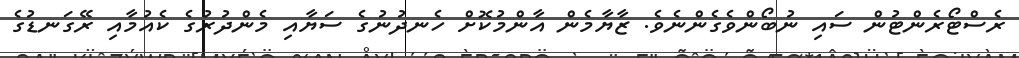
ރެސްޓޯރެންޓުން ސައި ނުބޯންވެގެންނެވެ. ޒާޔާމެން އާންމުކޮށް ހެނދުނުގެ ސަޔާއި މެންދުރުގެ ކެއުމާއި ރޭގަނޑުގެ